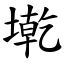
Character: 墘